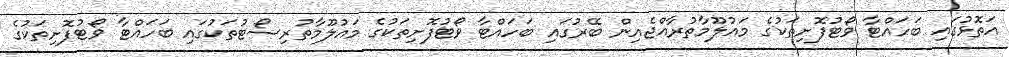
އަތޮޅުގައި ބަހައްޓާ ވޯޓުފޮށިތަކުގެ މައުލޫމާތުރާއްޖެއިން ބޭރުގައި ބަހައްޓާ ވޯޓުފޮށިތަކުގެ މައުލޫމާތުރިސޯޓުތަކުގައި ބަހައްޓާ ވޯޓުފޮށިތަކުގެ